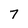
Character: 7